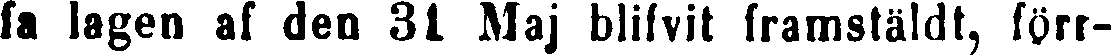
fa lagen af den 31 Maj blifvit framstäldt, förr-